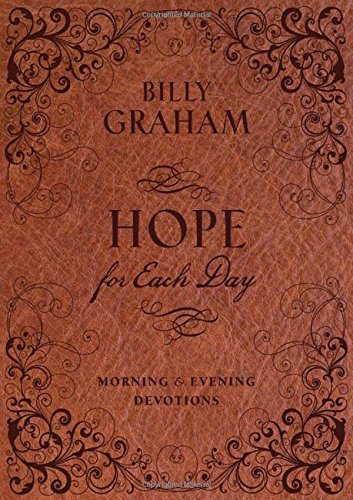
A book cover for Hope for Each Day Morning and Evening Devotions; Billy Graham; Christian Books & Bibles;